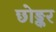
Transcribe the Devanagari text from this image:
छोङ्कर